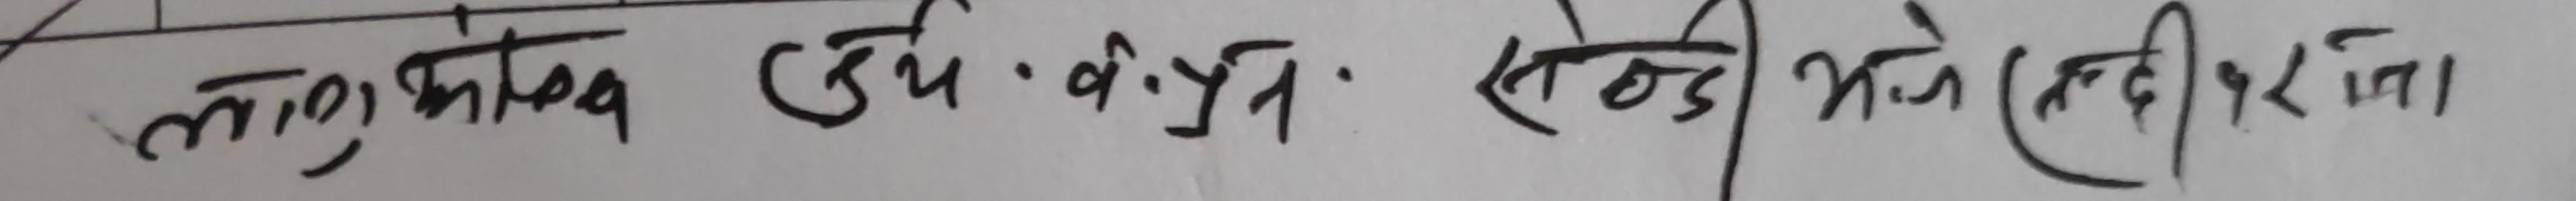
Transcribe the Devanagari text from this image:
लघु कौतुक उद्योतन सन्नि भने सृष्टिपरता